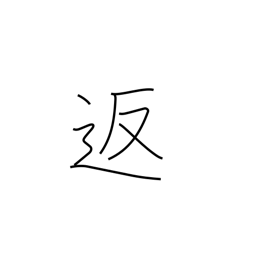
Meaning: return